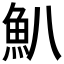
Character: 𩵒